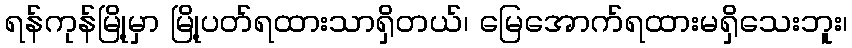
ရန်ကုန်မြို့မှာ မြို့ပတ်ရထားသာရှိတယ်၊ မြေအောက်ရထားမရှိသေးဘူး၊